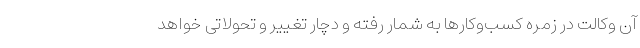
آن وکالت در زمره کسب‌وکار‌ها به شمار رفته و دچار تغییر و تحولاتی خواهد